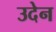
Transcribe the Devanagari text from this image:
उदेन